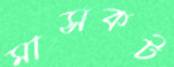
মাসকট